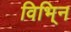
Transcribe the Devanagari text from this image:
विभि्न